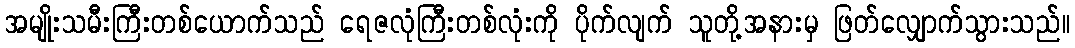
အမျိုးသမီးကြီးတစ်ယောက်သည် ရေဇလုံကြီးတစ်လုံးကို ပိုက်လျက် သူတို့အနားမှ ဖြတ်လျှောက်သွားသည်။